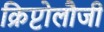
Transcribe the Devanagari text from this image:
क्रिप्टोलौजी